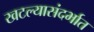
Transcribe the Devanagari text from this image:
खटल्यासंदर्भात